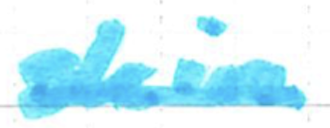
Text: skin
Cross-out: single-line
Writing tool: marker